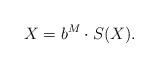
LaTeX: \begin{align*} X=b^M\cdot S(X). \end{align*}